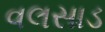
વલસાડ